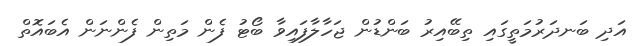
އަދި ބަނދަރުމަތީގައި ތިބޭއިރު ބަންޑުން ޖަހާލާފައިވާ ބޯޓު ފެން މަތިން ފެންނަން އެބައޮތް